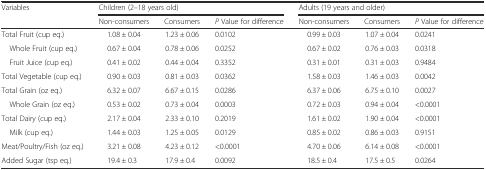
| <ROWSPAN=2> Variables | <COLSPAN=3> Children (2–18 years old) | <COLSPAN=3> Adults (19 years and older) |
 | Non-consumers | Consumers | P Value for difference | Non-consumers | Consumers | P Value for difference |
 | --- | --- | --- | --- | --- | --- | --- |
 | Total Fruit (cup eq.) | 1.08 ± 0.04 | 1.23 ± 0.06 | 0.0102 | 0.99 ± 0.03 | 1.07 ± 0.04 | 0.0241 |
 | Whole Fruit (cup eq.) | 0.67 ± 0.04 | 0.78 ± 0.06 | 0.0252 | 0.67 ± 0.02 | 0.76 ± 0.03 | 0.0318 |
 | Fruit Juice (cup eq.) | 0.41 ± 0.02 | 0.44 ± 0.04 | 0.3352 | 0.31 ± 0.01 | 0.31 ± 0.03 | 0.9484 |
 | Total Vegetable (cup eq.) | 0.90 ± 0.03 | 0.81 ± 0.03 | 0.0362 | 1.58 ± 0.03 | 1.46 ± 0.03 | 0.0042 |
 | Total Grain (oz eq.) | 6.32 ± 0.07 | 6.67 ± 0.15 | 0.0286 | 6.37 ± 0.06 | 6.75 ± 0.10 | 0.0027 |
 | Whole Grain (oz eq.) | 0.53 ± 0.02 | 0.73 ± 0.04 | 0.0003 | 0.72 ± 0.03 | 0.94 ± 0.04 | <0.0001 |
 | Total Dairy (cup eq.) | 2.17 ± 0.04 | 2.33 ± 0.10 | 0.2019 | 1.61 ± 0.02 | 1.90 ± 0.04 | <0.0001 |
 | Milk (cup eq.) | 1.44 ± 0.03 | 1.25 ± 0.05 | 0.0129 | 0.85 ± 0.02 | 0.86 ± 0.03 | 0.9151 |
 | Meat/Poultry/Fish (oz eq.) | 3.21 ± 0.08 | 4.23 ± 0.12 | <0.0001 | 4.70 ± 0.06 | 6.14 ± 0.08 | <0.0001 |
 | Added Sugar (tsp eq.) | 19.4 ± 0.3 | 17.9 ± 0.4 | 0.0092 | 18.5 ± 0.4 | 17.5 ± 0.5 | 0.0264 |